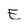
Character: E